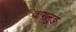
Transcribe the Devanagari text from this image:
वागलुङ